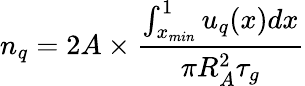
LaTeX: n_{q}=2A\times\frac{\int_{x_{min}}^{1}u_{q}(x)dx}{\pi R_{A}^{2}\tau_{g}}